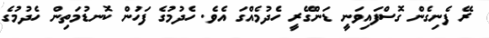
ރޭ ފެނިގެން ގޮސްފައިވަނީ ޑަންގޭރީ ހެދުމެއްގަ އެވެ. ހެދުމުގެ ފަހަުން ކޮނޑުމަތިން ހެދުމުގެ